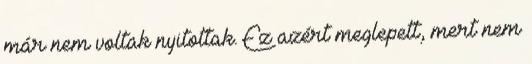
már nem voltak nyitottak. Ez azért meglepett, mert nem